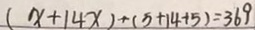
( x + 1 4 x ) + ( 5 + 1 4 + 5 ) = 3 6 9